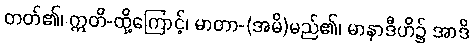
တတ်၏၊ ဣတိ-ထို့ကြောင့်၊ မာတာ-(အမိ)မည်၏၊ မာနာဒီဟိ၌ အာဒိ